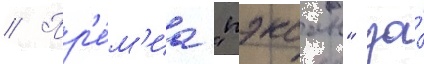
// Пр'е́м'иа "пэксан" за́